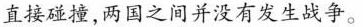
直接碰撞，两国之间并没有发生战争。